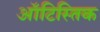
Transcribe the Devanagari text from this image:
ऑटिस्तिक